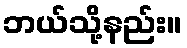
ဘယ်သို့နည်း။